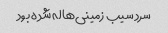
سرد سیب زمینی‌ها له شده بود